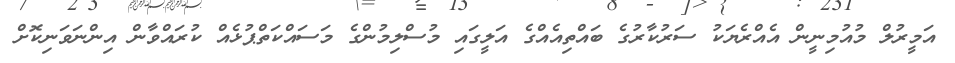
އަމީރުލް މުއުމިނީން އެއްރެޔަކު ސަރުކާރުގެ ބައްތިއެއްގެ އަލީގައި މުސްލިމުންގެ މަސައްކަތްޕުޅެއް ކުރައްވާން އިންނަވަނިކޮށް